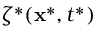
\zeta ^ { * } ( \mathbf { x } ^ { * } , t ^ { * } )